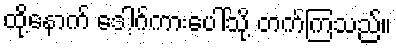
ထို့နောက် ဒေါ့ဂ်ကားပေါ်သို့ တက်ကြသည်။